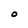
Character: O